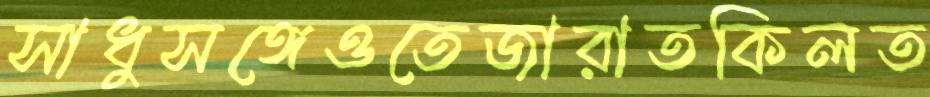
সাধুসঙ্গেওতেজারাতকিলত